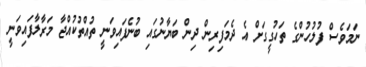
ނަމަވެސް ފުލުހުންގެ ތަހުގީގަށް އެ ދެމަފިރިން ދިން ބަޔާނުގައި ބުނެފައިވަނީ ތުއްތުކުއްޖާ މަރާލާފައިވަނީ